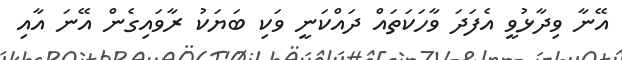
އޭނާ ވިދާޅުވީ އެފަދަ ވާހަކަތައް ދައްކަނީ ވަކި ބަޔަކު ރާވައިގެން އޭނަ އާއި